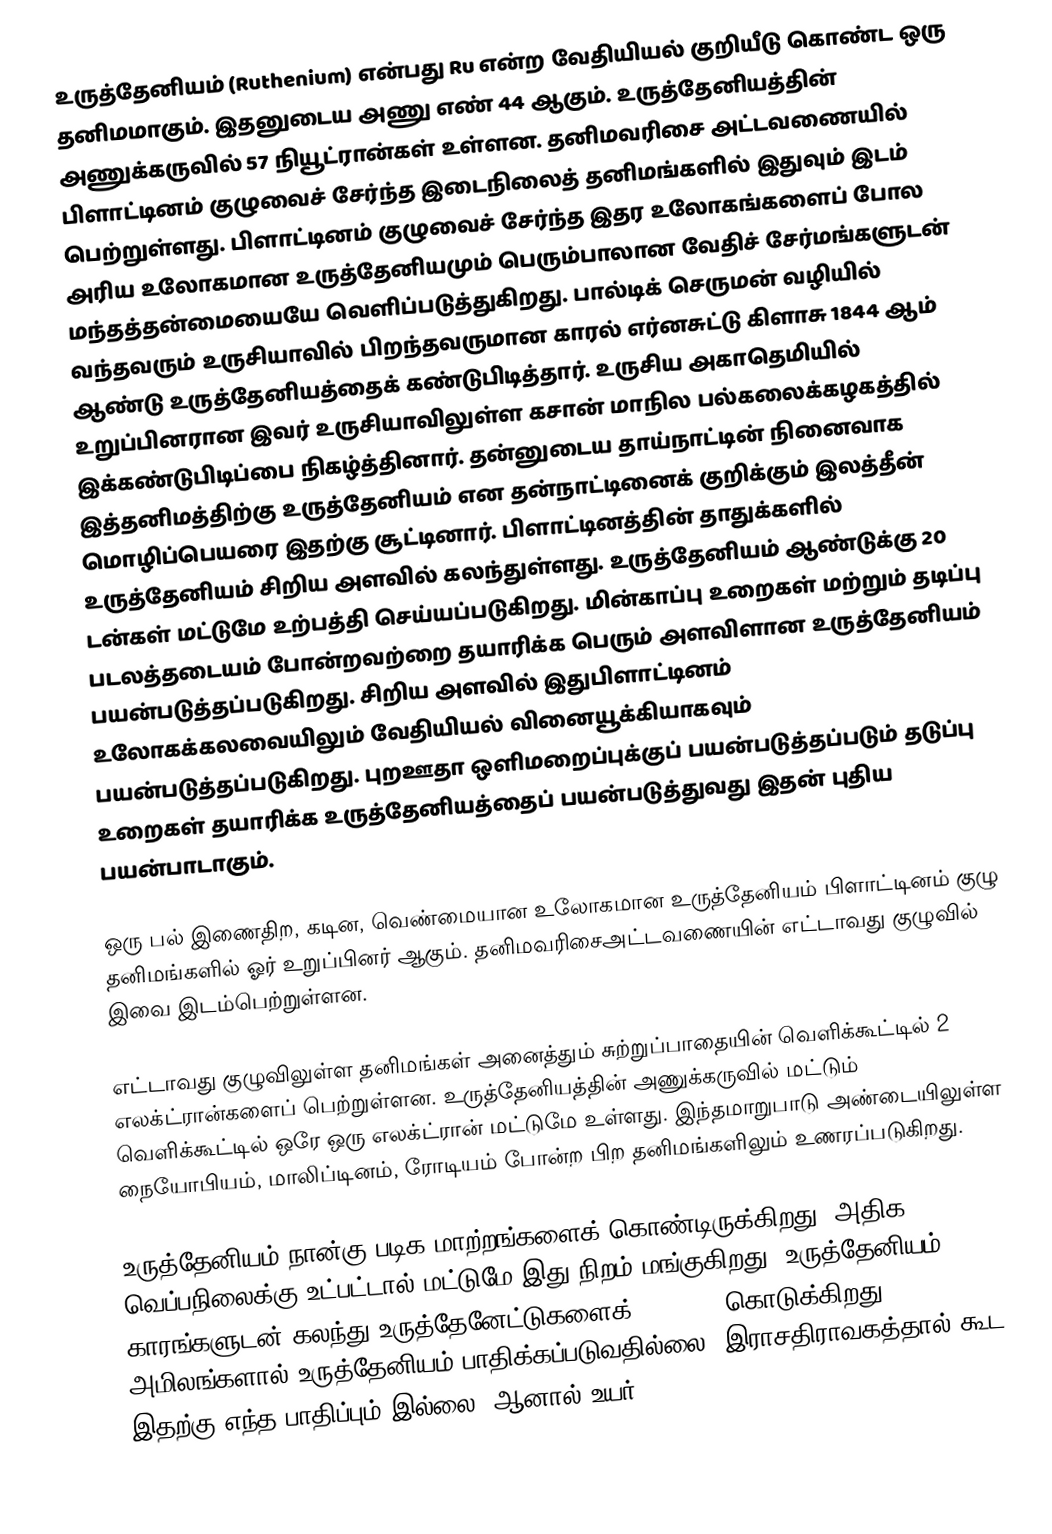
உருத்தேனியம் (Ruthenium) என்பது Ru என்ற வேதியியல் குறியீடு கொண்ட ஒரு தனிமமாகும். இதனுடைய அணு எண் 44 ஆகும். உருத்தேனியத்தின் அணுக்கருவில் 57 நியூட்ரான்கள் உள்ளன. தனிமவரிசை அட்டவணையில் பிளாட்டினம் குழுவைச் சேர்ந்த இடைநிலைத் தனிமங்களில் இதுவும் இடம் பெற்றுள்ளது. பிளாட்டினம் குழுவைச் சேர்ந்த இதர உலோகங்களைப் போல அரிய உலோகமான உருத்தேனியமும் பெரும்பாலான வேதிச் சேர்மங்களுடன் மந்தத்தன்மையையே வெளிப்படுத்துகிறது. பால்டிக் செருமன் வழியில் வந்தவரும் உருசியாவில் பிறந்தவருமான காரல் எர்னசுட்டு கிளாசு 1844 ஆம் ஆண்டு உருத்தேனியத்தைக் கண்டுபிடித்தார். உருசிய அகாதெமியில் உறுப்பினரான இவர் உருசியாவிலுள்ள கசான் மாநில பல்கலைக்கழகத்தில் இக்கண்டுபிடிப்பை நிகழ்த்தினார். தன்னுடைய தாய்நாட்டின் நினைவாக இத்தனிமத்திற்கு உருத்தேனியம் என தன்நாட்டினைக் குறிக்கும் இலத்தீன் மொழிப்பெயரை இதற்கு சூட்டினார். பிளாட்டினத்தின் தாதுக்களில் உருத்தேனியம் சிறிய அளவில் கலந்துள்ளது. உருத்தேனியம் ஆண்டுக்கு 20 டன்கள் மட்டுமே உற்பத்தி செய்யப்படுகிறது.  மின்காப்பு உறைகள் மற்றும் தடிப்பு படலத்தடையம் போன்றவற்றை தயாரிக்க பெரும் அளவிளான உருத்தேனியம் பயன்படுத்தப்படுகிறது. சிறிய அளவில் இதுபிளாட்டினம் உலோகக்கலவையிலும் வேதியியல் வினையூக்கியாகவும் பயன்படுத்தப்படுகிறது. புறஊதா ஒளிமறைப்புக்குப் பயன்படுத்தப்படும் தடுப்பு உறைகள் தயாரிக்க உருத்தேனியத்தைப் பயன்படுத்துவது இதன் புதிய பயன்பாடாகும்.

ஒரு பல் இணைதிற, கடின, வெண்மையான உலோகமான உருத்தேனியம் பிளாட்டினம் குழு தனிமங்களில் ஓர் உறுப்பினர் ஆகும். தனிமவரிசைஅட்டவணையின் எட்டாவது குழுவில் இவை இடம்பெற்றுள்ளன.

எட்டாவது குழுவிலுள்ள தனிமங்கள் அனைத்தும் சுற்றுப்பாதையின் வெளிக்கூட்டில் 2 எலக்ட்ரான்களைப் பெற்றுள்ளன. உருத்தேனியத்தின் அணுக்கருவில் மட்டும் வெளிக்கூட்டில் ஒரே ஒரு எலக்ட்ரான் மட்டுமே உள்ளது. இந்தமாறுபாடு அண்டையிலுள்ள நையோபியம், மாலிப்டினம், ரோடியம் போன்ற பிற தனிமங்களிலும் உணரப்படுகிறது.

உருத்தேனியம் நான்கு படிக மாற்றங்களைக் கொண்டிருக்கிறது, அதிக வெப்பநிலைக்கு உட்பட்டால்  மட்டுமே இது நிறம் மங்குகிறது. உருத்தேனியம் காரங்களுடன் கலந்து உருத்தேனேட்டுகளைக் (RuO2−4) கொடுக்கிறது. அமிலங்களால் உருத்தேனியம் பாதிக்கப்படுவதில்லை. இராசதிராவகத்தால் கூட இதற்கு எந்த பாதிப்பும் இல்லை.  ஆனால் உயர்